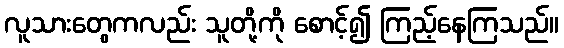
လူသားတွေကလည်း သူတို့ကို စောင့်၍ ကြည့်နေကြသည်။